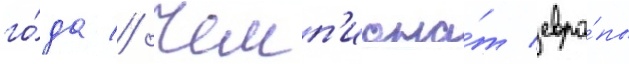
го́да // Чемп'иона́т евро́пы